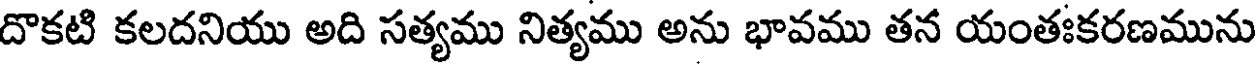
దొకటి కలదనియు అది సత్యము నిత్యము అను భావము తన యంతఃకరణమును